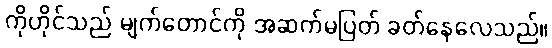
ကိုဟိုင်သည် မျက်တောင်ကို အဆက်မပြတ် ခတ်နေလေသည်။